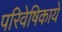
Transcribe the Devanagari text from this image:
परिवेषिकायें